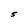
Character: S